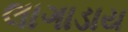
લાગાડાય